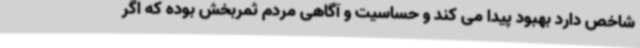
شاخص دارد بهبود پیدا می کند و حساسیت و آگاهی مردم ثمربخش بوده که اگر